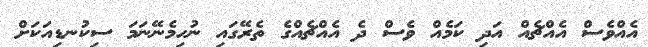
އެއްވެސް އެއްޗެއް އަދި ކަމެއް ވެސް ދެ އެއްޗެއްގެ ތެރޭގައި ނުހިމެނޭނަމަ ސިކުނޑިއަކަށް